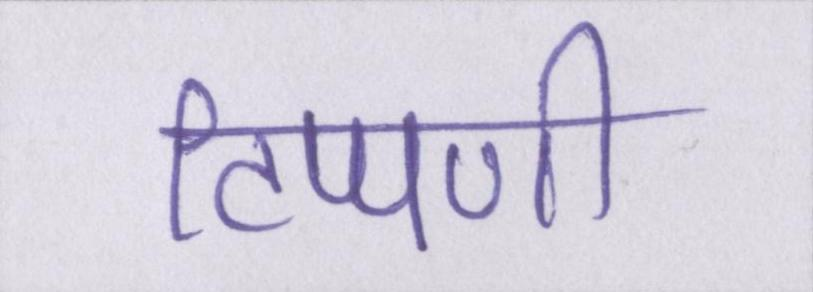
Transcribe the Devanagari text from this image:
टिप्पणी